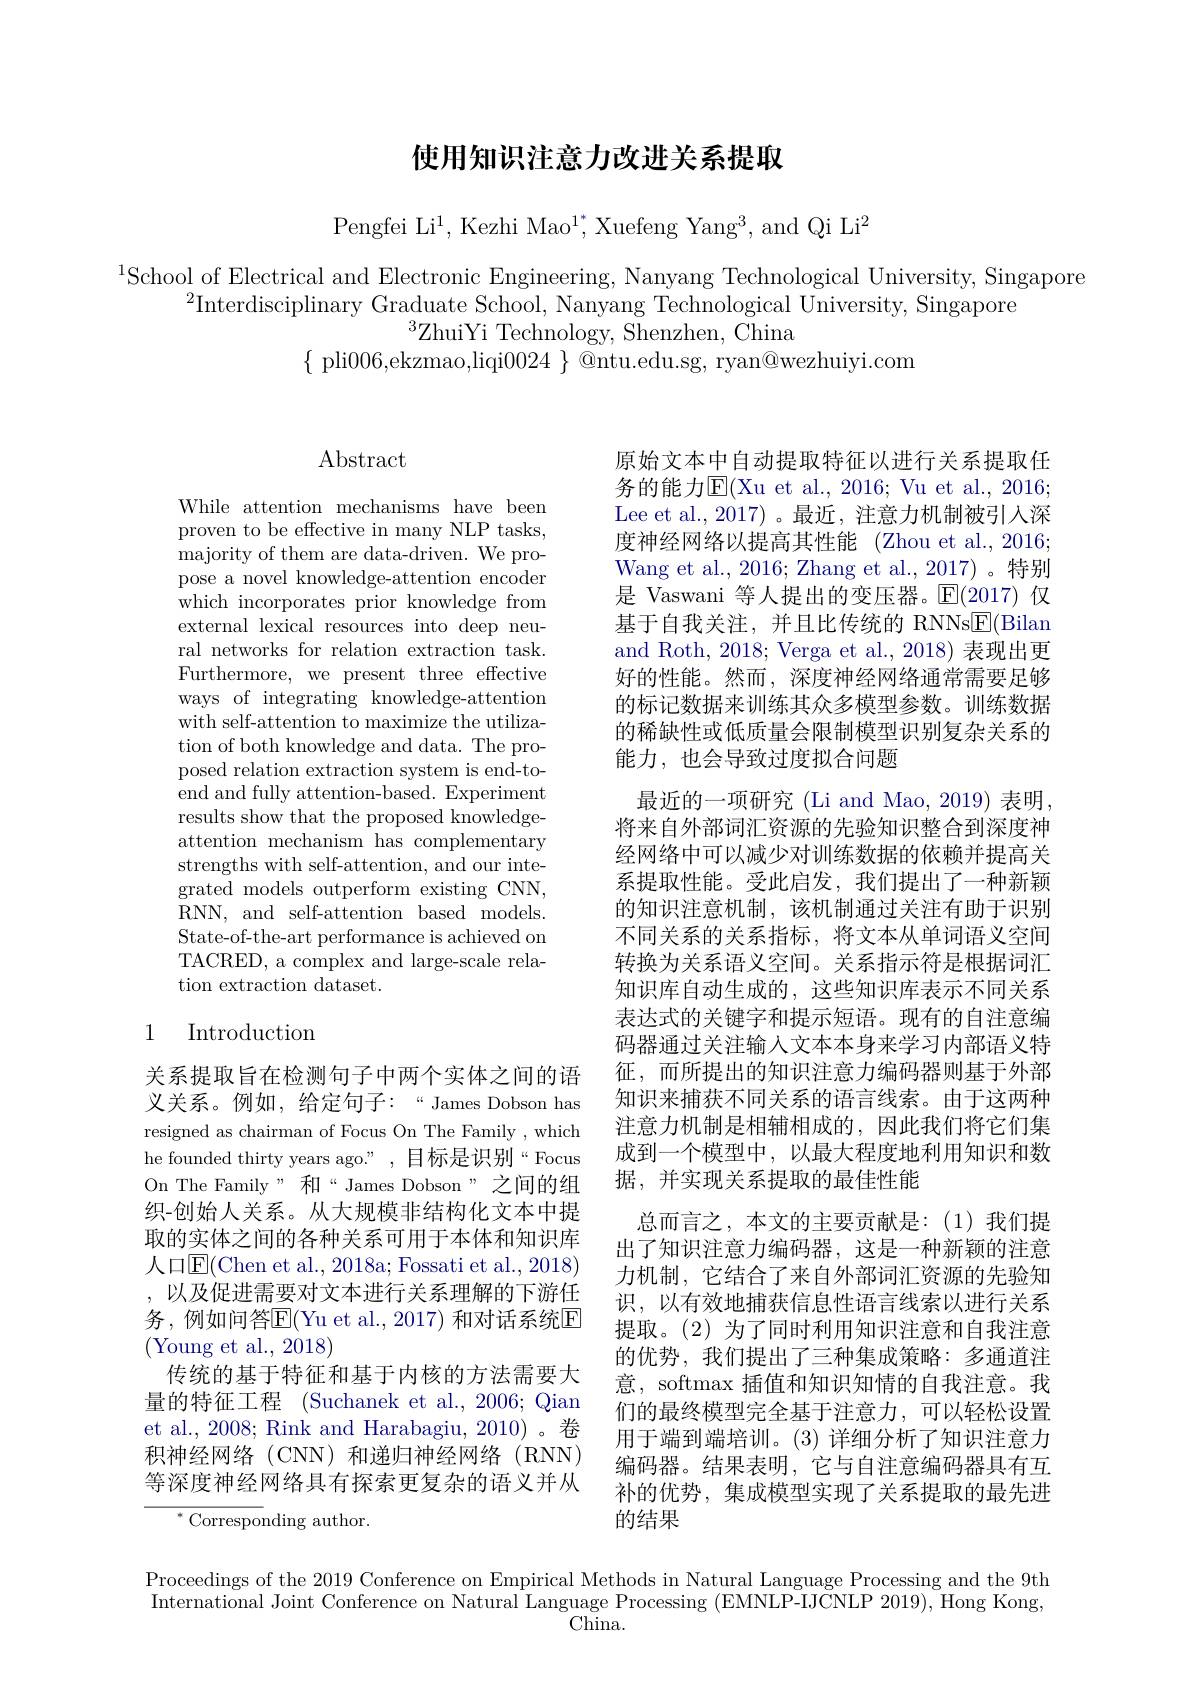
# 使用知识注意力改进关系提取

Pengfei Li$^1$,Kezhi Mao$^1^*$,Xuefeng Yang$^3$,and Qi Li$^2$

$^{1}$School of Electrical and Electronic Engineering, Nanyang Technological University, Singapore
$^{2}$Interdisciplinary Graduate School, Nanyang Technological University, Singapore
$^{3}$ZhuiYi Technology, Shenzhen, China
$\{$ pli006,ekzmao,liqi$0024\}$ @ntu.edu.sg, ryan@wezhuiyi.com

Abstract

While attention mechanisms have been proven to be effective in many NLP tasks, majority of them are data-driven. We propose a novel knowledge-attention encoder which incorporates prior knowledge from external lexical resources into deep neural networks for relation extraction task. Furthermore, we present three effective ways of integrating knowledge-attention with self-attention to maximize the utilization of both knowledge and data. The proposed relation extraction system is end-toend and fully attention-based. Experiment results show that the proposed knowledgeattention mechanism has complementary strengths with self-attention, and our integrated models outperform existing CNN, RNN, and self-attention based models. State-of-the-art performance is achieved on TACRED, a complex and large-scale relation extraction dataset.

原始文本中自动提取特征以进行关系提取任务的能力$\overline{\mathrm{E}}($Xu et al., 2016; Vu et al., 2016; Lee et al.,2017)。最近，注意力机制被引入深度神经网络以提高其性能 (Zhou et al., 20163 Wang et al., 2016; Zhang et al., 2017)。特别是 Vaswani 等人提出的变压器。$\operatorname{E}(2017)$仅基于自我关注，并且比传统的 RNNs$\underline{\mathrm{E}}($Bilan and Roth, 2018; Verga et al., 2018) 表现出更好的性能。然而，深度神经网络通常需要足够的标记数据来训练其众多模型参数。训练数据的稀缺性或低质量会限制模型识别复杂关系的能力，也会导致过度拟合问题
最近的一项研究 (Li and Mao, 2019) 表明将来自外部词汇资源的先验知识整合到深度神经网络中可以减少对训练数据的依赖并提高关系提取性能。受此启发，我们提出了一种新颖的知识注意机制，该机制通过关注有助于识别不同关系的关系指标，将文本从单词语义空间转换为关系语义空间。关系指示符是根据词汇知识库自动生成的，这些知识库表示不同关系表达式的关键字和提示短语。现有的自注意编码器通过关注输人文本本身来学习内部语义特征，而所提出的知识注意力编码器则基于外部知识来捕获不同关系的语言线索。由于这两种注意力机制是相辅相成的，因此我们将它们集成到一个模型中，以最大程度地利用知识和数据，并实现关系提取的最佳性能
总而言之，本文的主要贡献是：(1)我们提出了知识注意力编码器，这是一种新颖的注意力机制，它结合了来自外部词汇资源的先验知识，以有效地捕获信息性语言线索以进行关系提取。(2)为了同时利用知识注意和自我注意的优势，我们提出了三种集成策略：多通道注意，softmax 插值和知识知情的自我注意。我们的最终模型完全基于注意力，可以轻松设置用于端到端培训。(3)详细分析了知识注意力编码器。结果表明，它与自注意编码器具有互补的优势，集成模型实现了关系提取的最先进的结果

# 1 Introduction

关系提取旨在检测句子中两个实体之间的语义关系。例如，给定句子：“James Dobson has resigned as chairman of Focus On The Family , which he founded thirty years ago.", 目标是识别“Focus On The Family”和“James Dobson”之间的组织-创始人关系。从大规模非结构化文本中提取的实体之间的各种关系可用于本体和知识库人口$\overline{\mathrm{E}}($Chen et al., 2018a; Fossati et al., 2018) ,以及促进需要对文本进行关系理解的下游任务，例如问答E(Yu et al., 2017) 和对话系统E (Young et al., 2018)
传统的基于特征和基于内核的方法需要大量的特征工程 (Suchanek et al., 2006; Qian et al., 2008; Rink and Harabagiu, 2010)。卷积神经网络(CNN)和递归神经网络(RNN) 等深度神经网络具有探索更复杂的语义并从

$^{*}$Corresponding author.

Proceedings of the 2019 Conference on Empirical Methods in Natural Language Processing and the 9th International Joint Conference on Natural Language Processing (EMNLP-IJCNLP 2019), Hong Kong,
China.